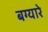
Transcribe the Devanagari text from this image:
बग्यारे